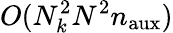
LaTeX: O(N_{k}^{2}N^{2}n_{\mathrm{aux}})